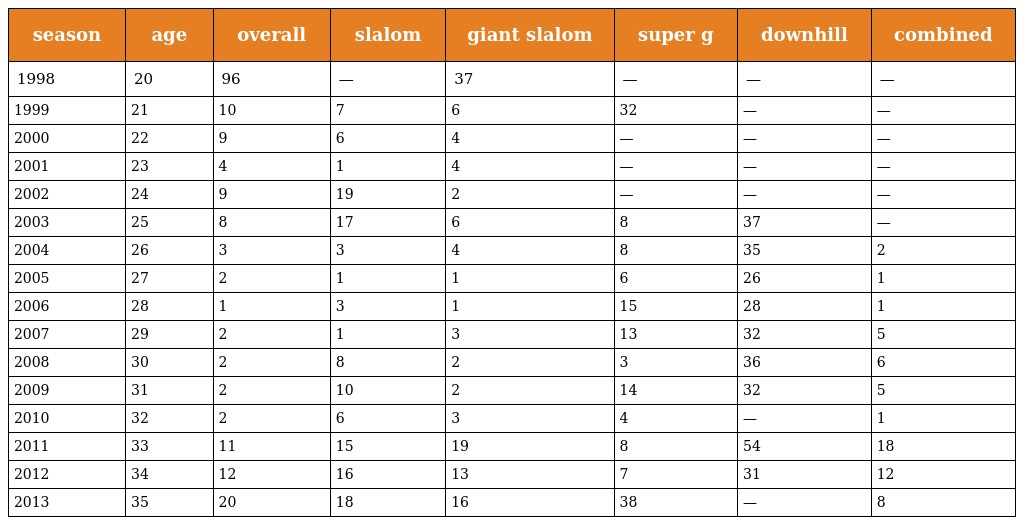
| season | age | overall | slalom | giant slalom | super g | downhill | combined |
 | --- | --- | --- | --- | --- | --- | --- | --- |
 | 1998 | 20 | 96 | — | 37 | — | — | — |
 | 1999 | 21 | 10 | 7 | 6 | 32 | — | — |
 | 2000 | 22 | 9 | 6 | 4 | — | — | — |
 | 2001 | 23 | 4 | 1 | 4 | — | — | — |
 | 2002 | 24 | 9 | 19 | 2 | — | — | — |
 | 2003 | 25 | 8 | 17 | 6 | 8 | 37 | — |
 | 2004 | 26 | 3 | 3 | 4 | 8 | 35 | 2 |
 | 2005 | 27 | 2 | 1 | 1 | 6 | 26 | 1 |
 | 2006 | 28 | 1 | 3 | 1 | 15 | 28 | 1 |
 | 2007 | 29 | 2 | 1 | 3 | 13 | 32 | 5 |
 | 2008 | 30 | 2 | 8 | 2 | 3 | 36 | 6 |
 | 2009 | 31 | 2 | 10 | 2 | 14 | 32 | 5 |
 | 2010 | 32 | 2 | 6 | 3 | 4 | — | 1 |
 | 2011 | 33 | 11 | 15 | 19 | 8 | 54 | 18 |
 | 2012 | 34 | 12 | 16 | 13 | 7 | 31 | 12 |
 | 2013 | 35 | 20 | 18 | 16 | 38 | — | 8 |